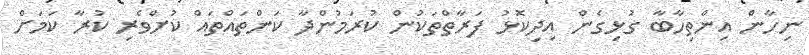
ނިހާން އިންތިހާބާ ގުޅިގެން އިދިކޮޅު ފަރާތްތަކުން ކުރަމުންދާ ކަންތައްތައް ކުށްވެރި ކުރާ ކަމަށް